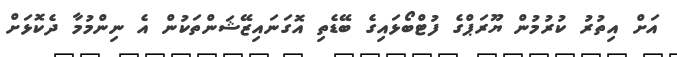
އަށް އިތުރު ކުރުމުން ޔޫރަޕްގެ ފުޓްބޯޅައިގެ ބޭޑެތި އޮގަނައިޒޭޝަންތަކުން އެ ނިންމުމާ ދެކޮޅަށް